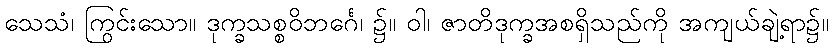
သေသံ၊ ကြွင်းသော။ ဒုက္ခသစ္စဝိဘင်္ဂေ၊ ၌။ ဝါ၊ ဇာတိဒုက္ခအစရှိသည်ကို အကျယ်ချဲ့ရာ၌။